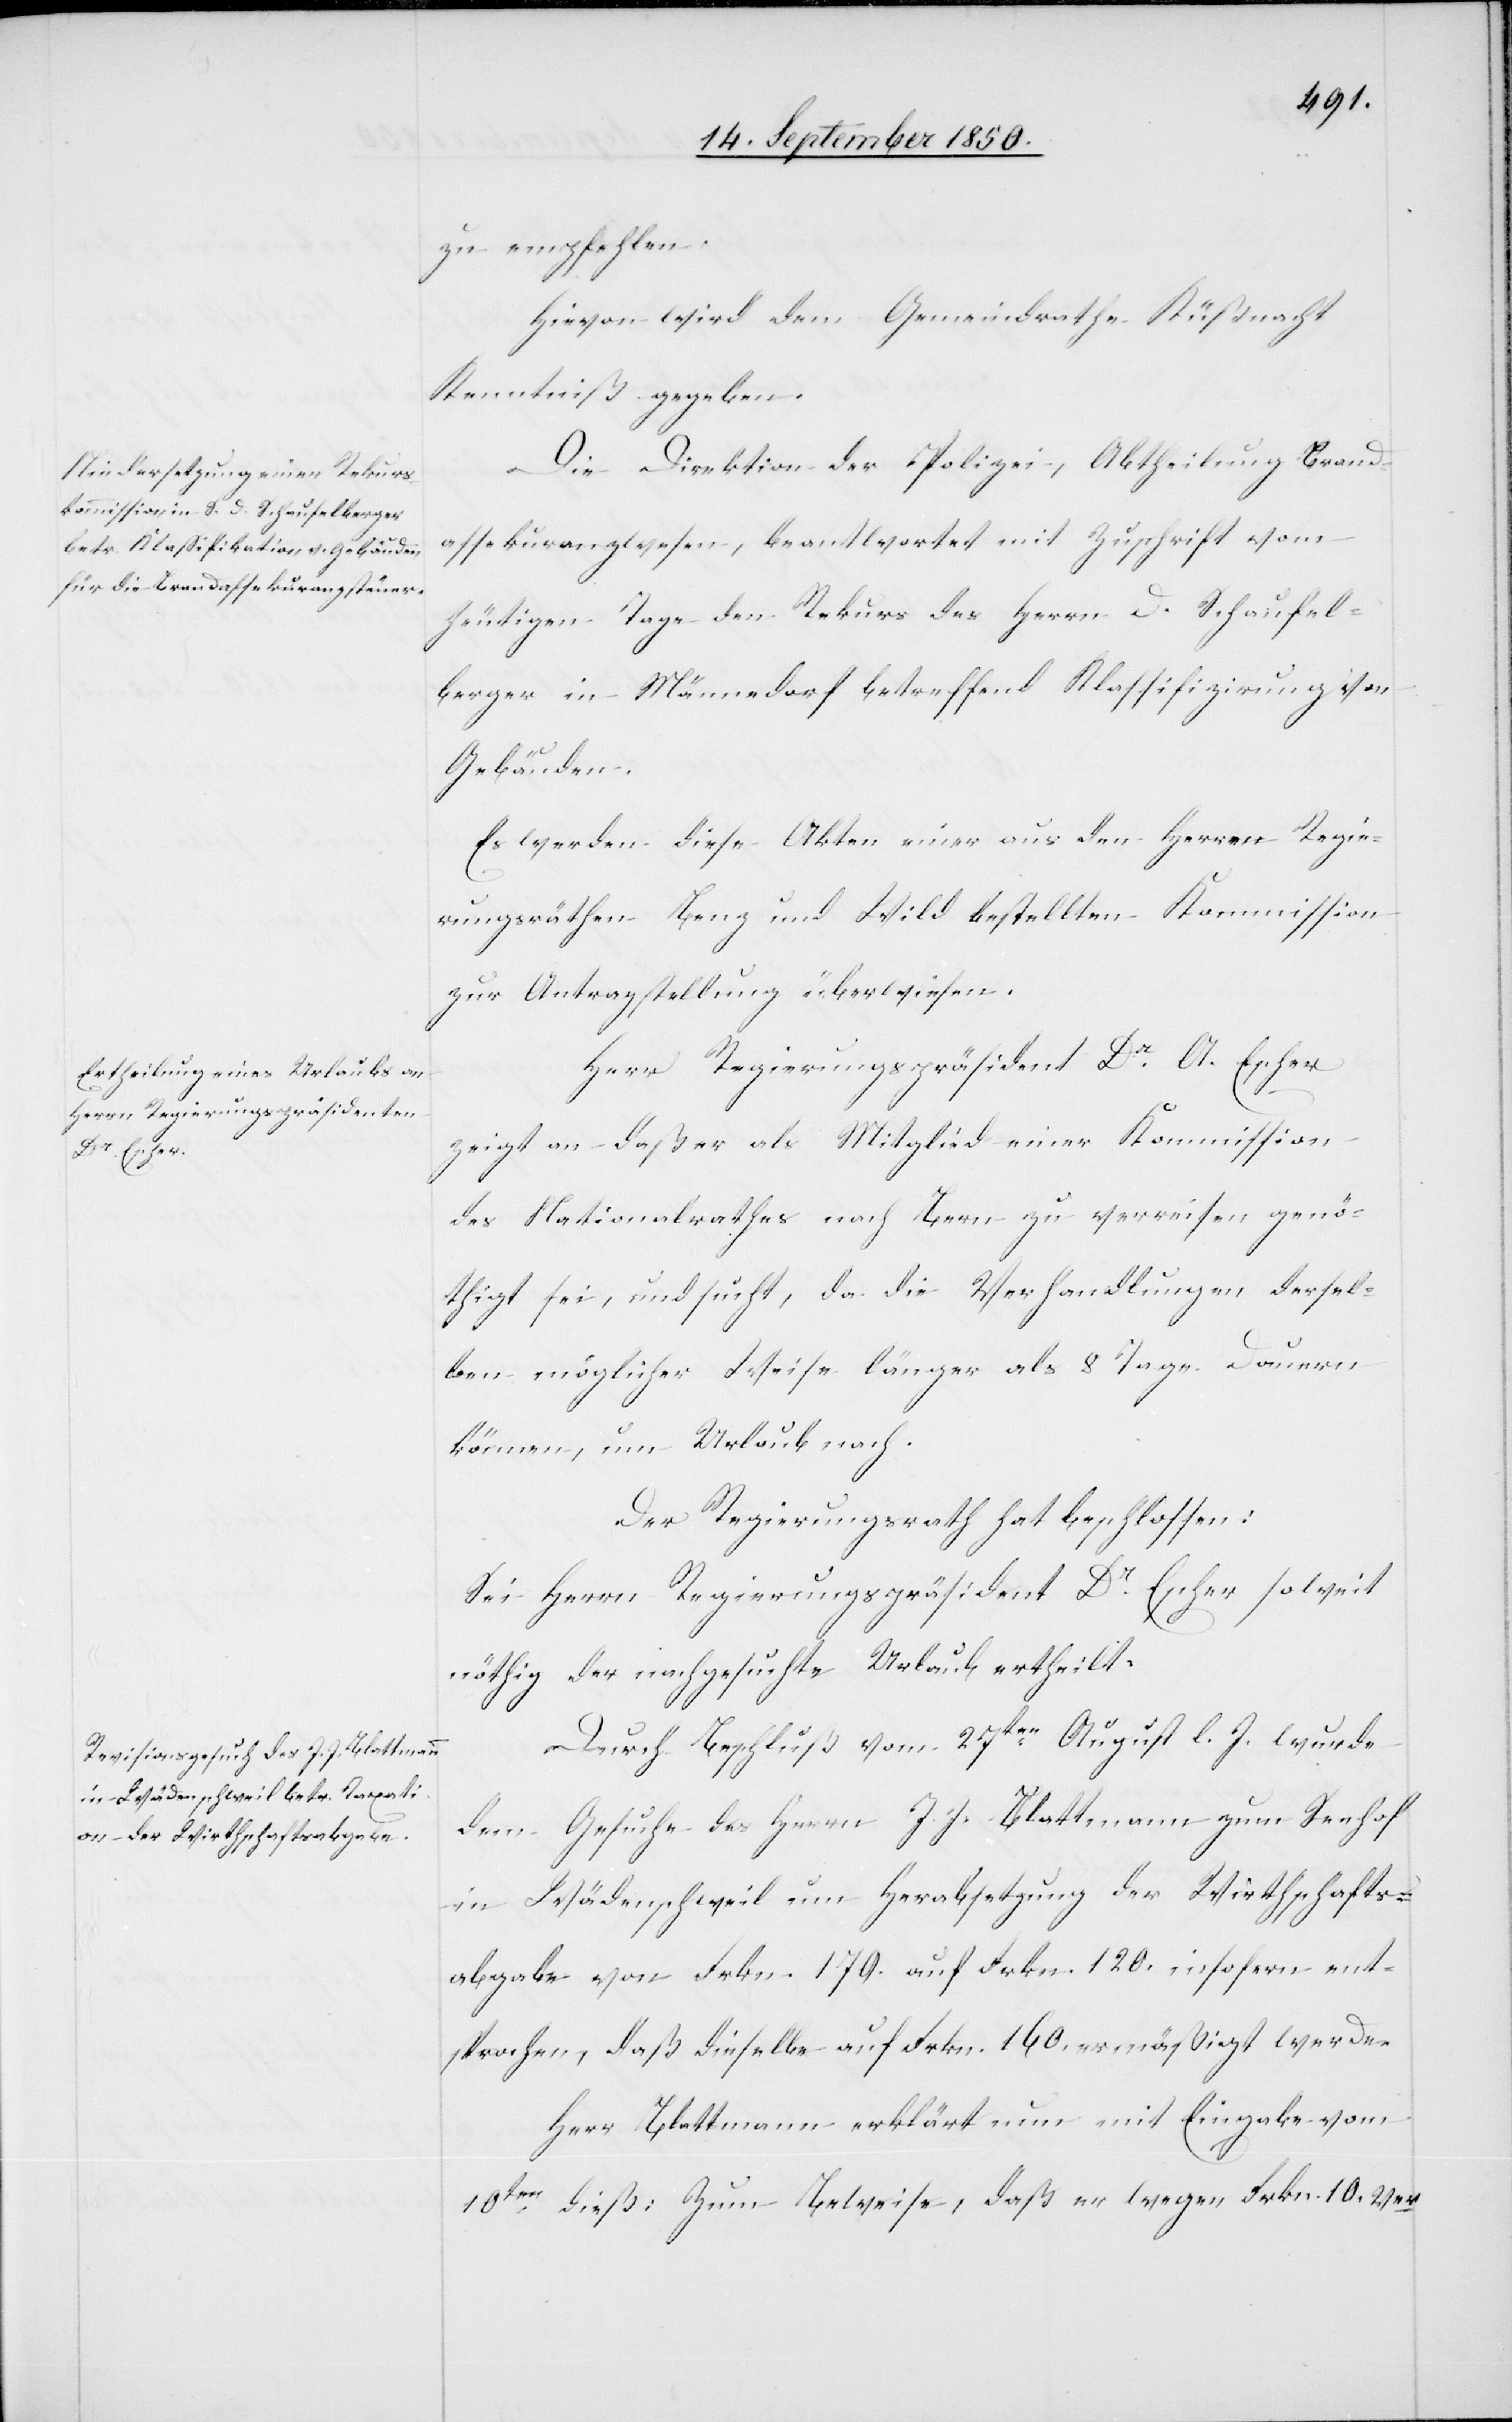
zu empfehlen.
Hievon wird dem Gemeindrathe Küßnacht
Kenntniß gegeben.
Die Direktion der Polizei, Abtheilung Brand¬
assekuranzwesen, beantwortet mit Zuschrift vom
heutigen Tage den Rekurs des Herrn D. Schaufel¬
berger in Männedorf betreffend Klassifizirung von
Gebäuden.
Es werden diese Akten einer aus den Herren Regie¬
rungsräthen Benz und Wild bestellten Kommission
zur Antragstellung überwiesen.
Herr Regierungspräsident Dr A. Escher
zeigt an daß er als Mitglied einer Kommission
des Nationalrathes nach Bern zu verreisen genö¬
thigt sei, und sucht, da die Verhandlungen dersel¬
ben möglicher Weise länger als 8 Tage Dauern
können, um Urlaub nach.
Der Regierungsrath hat beschlossen:
Sei Herrn Regierungspräsident Dr Escher soweit
nöthig der nachgesuchte Urlaub ertheilt.
Durch Beschluß vom 27ten April l. J. wurde
dem Gesuche des Herrn J. J. Blattmann zum Seehof
in Wädenschweil um Herabsetzung der Wirthschafts¬
abgabe von Frkn. 170. auf Frkn. 120. insofern ent¬
sprochen, daß dieselbe auf Frkn. 160. ermäßigt werde.
Herr Blattmann erklärt nun mit Eingabe vom
10ten dieß: Zum Beweise, daß er wegen Frkn. 10. ver-